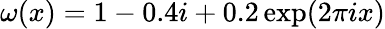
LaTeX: \omega(x)=1-0.4i+0.2\exp(2\pi ix)